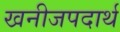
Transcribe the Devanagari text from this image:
खनीजपदार्थ